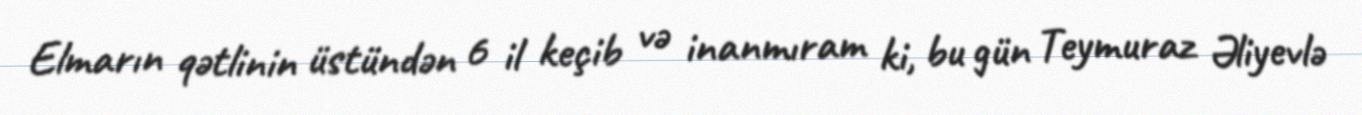
Elmarın qətlinin üstündən 6 il keçib və inanmıram ki, bu gün Teymuraz Əliyevlə